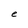
Character: e